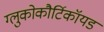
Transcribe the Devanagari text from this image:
ग्लुकोकौर्टिकॉयड